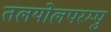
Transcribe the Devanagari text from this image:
तलयोलपरम्पु